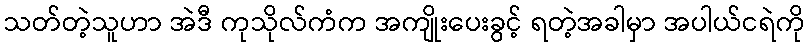
သတ်တဲ့သူဟာ အဲဒီ ကုသိုလ်ကံက အကျိုးပေးခွင့် ရတဲ့အခါမှာ အပါယ်ငရဲကို